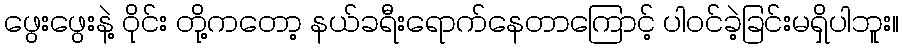
ဖွေးဖွေးနဲ့ ဝိုင်း တို့ကတော့ နယ်ခရီးရောက်နေတာကြောင့် ပါဝင်ခဲ့ခြင်းမရှိပါဘူး။